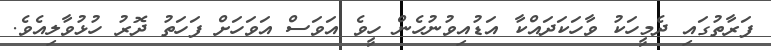
ފަރާތުގައި ދެމީހަކު ވާހަކަދައްކާ އަޑުއިވުނުހެން ހީވެ އަވަސް އަވަހަށް ފަހަތު ދޮރު ހުޅުވާލިއެވެ.